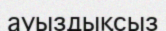
ауыздықсыз